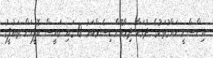
އިންސާނީ ހައްގުތަކުގެ ދުވަހާ ދިމާކޮށް ޑިސެމްބަރު 10 ގައި ރައީސް އޮފީހަށް ތައުފީގު